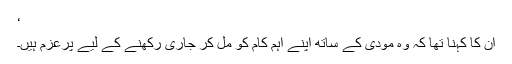
‘
ان کا کہنا تھا کہ وہ مودی کے ساتھ اپنے اہم کام کو مل کر جاری رکھنے کے لیے پرعزم ہیں۔